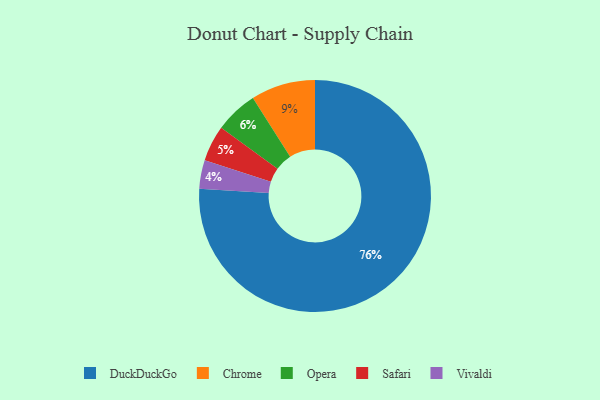
{"axis": {"x": "Category", "y": "Percentage"}, "legend": ["Chrome", "DuckDuckGo", "Opera", "Safari", "Vivaldi"], "data": [{"x": "Safari", "y": 5, "type": "Safari"}, {"x": "DuckDuckGo", "y": 76, "type": "DuckDuckGo"}, {"x": "Opera", "y": 6, "type": "Opera"}, {"x": "Chrome", "y": 9, "type": "Chrome"}, {"x": "Vivaldi", "y": 4, "type": "Vivaldi"}]}